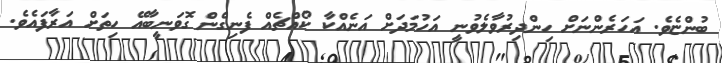
ބުންޏެވެ. އަހަރެންނަށް ހިންދިރުވާލެވުނީ އަހުމަދަށް އަނެއްކާ ކޯއްޗެއް ފެނިގެން ގޮވަނީބާއޭ ހިތަށް އަރާފައެވެ.